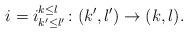
LaTeX: \begin{align*}i=i^{k\leq l}_{k'\leq l'}\colon(k',l')\to(k,l).\end{align*}